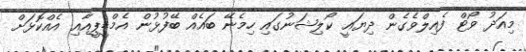
މިއަދު ވޯޓް ފެއިލްވެގެން ދިޔައީ ކޯލިޝަނުގައި ހިމެނޭ ބައެއް ބޭފުޅުން އެމްޑީޕީއާއި އެއްކޮޅަށް